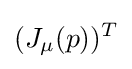
(J_{\mu }(p))^{T}